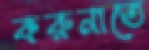
করুনাতে